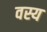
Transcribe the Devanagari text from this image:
वस्य